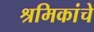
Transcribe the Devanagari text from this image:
श्रमिकांचे